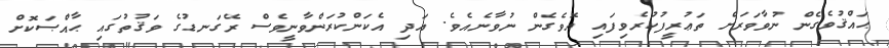
ޙައްޤުވެގެން ނުވާވަރަށް ތަޢުރީފުކުރެވިފައި އޮވެގެން ނުވާނެއެވެ. އަދި އެކަންކުރަންވާނީވެސް ރޭގަނޑުގެ ވަޤުތުގައި ޙާއްޞަކޮށް